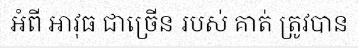
អំពី អាវុធ ជាច្រើន របស់ គាត់ ត្រូវបាន